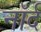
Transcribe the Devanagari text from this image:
नॉर्द